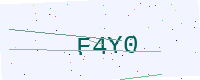
Text: F4Y0